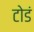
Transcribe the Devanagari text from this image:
टोडं